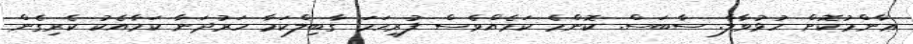
ޢާންމުކޮށް ހުޅުވާލާ. ސާބަސް. ކޮންމެ ކަމެއްވެސް ފުރިހަމަ ގާބިލްކަމާ ހަރުދަނާ ކަމާއެކު ކެރިގެން